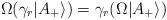
LaTeX: \begin{align*}\Omega (\gamma_r|A_+\rangle)=\gamma_r(\Omega|A_+\rangle) \end{align*}